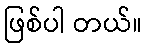
ဖြစ်ပါ တယ်။